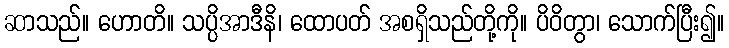
ဆာသည်။ ဟောတိ။ သပ္ပိအာဒီနိ၊ ထောပတ် အစရှိသည်တို့ကို။ ပိဝိတွာ၊ သောက်ပြီး၍။